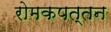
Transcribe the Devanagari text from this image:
रोमकपत्तन